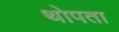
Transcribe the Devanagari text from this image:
थोपता